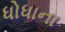
ધોધાના